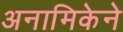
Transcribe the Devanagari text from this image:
अनामिकेने